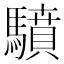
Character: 𩦥